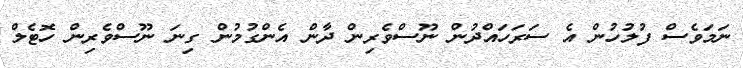
ނަމަވެސް ފުލުހުން އެ ސަރަހައްދުން ނޫސްވެރިން ދާން އެންގުމުން ގިނަ ނޫސްވެރިން ހޮޓެލް